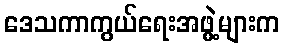
ဒေသကာကွယ်ရေးအဖွဲ့များက